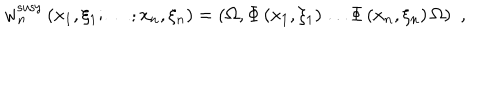
LaTeX: w _ { n } ^ { \mathrm { s u s y } } \left( x _ { 1 } , \xi _ { 1 } ; \ldots ; x _ { n } , \xi _ { n } \right) = \left( \Omega , \Phi \left( x _ { 1 } , \xi _ { 1 } \right) \ldots \Phi \left( x _ { n } , \xi _ { n } \right) \Omega \right) \, \, ,